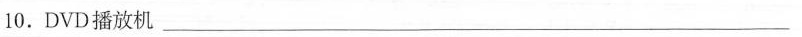
10.DVD播放机